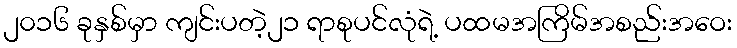
၂၀၁၆ ခုနှစ်မှာ ကျင်းပတဲ့၂၁ ရာစုပင်လုံရဲ့ ပထမအကြိမ်အစည်းအဝေး